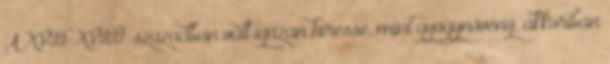
A XVII-XVIII. században vált igazán híressé, mint gyógynövény, akkoriban